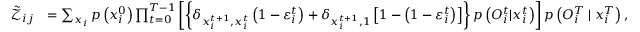
\begin{array} { r l } { \tilde { \mathcal { Z } } _ { i j } } & { = \sum _ { \boldsymbol { x } _ { i } } { p \left( x _ { i } ^ { 0 } \right) } \prod _ { t = 0 } ^ { T - 1 } \left[ \left\{ \delta _ { x _ { i } ^ { t + 1 } , x _ { i } ^ { t } } \left( 1 - \varepsilon _ { i } ^ { t } \right) + \delta _ { x _ { i } ^ { t + 1 } , 1 } \left[ 1 - \left( 1 - \varepsilon _ { i } ^ { t } \right) \right] \right\} p \left( { O } _ { i } ^ { t } | x _ { i } ^ { t } \right) \right] p \left( { O } _ { i } ^ { T } \mid x _ { i } ^ { T } \right) , } \end{array}